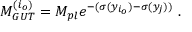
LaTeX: M _ { G U T } ^ { ( i _ { o } ) } = M _ { p l } e ^ { - ( \sigma ( y _ { i _ { o } } ) - \sigma ( y _ { j } ) ) } ~ . ~ \,